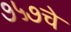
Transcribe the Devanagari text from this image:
७५७चे